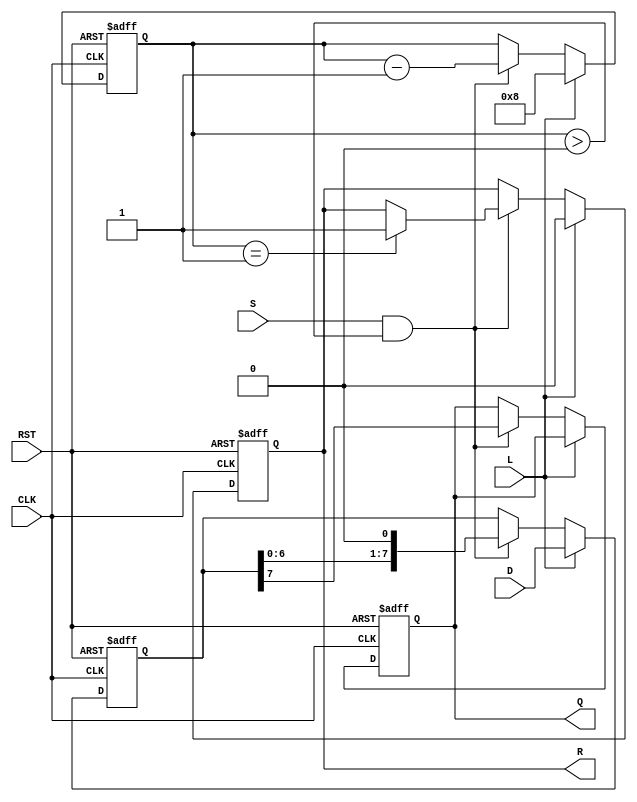
module PISO_Register #(
    parameter WIDTH = 8 // Parameter for the width of the data bus
)(
    input wire [WIDTH-1:0] D,   // Parallel data input
    input wire L,                // Load control signal
    input wire S,                // Shift control signal
    input wire CLK,              // Clock signal
    input wire RST,              // Asynchronous reset
    output reg Q,                // Serial output
    output reg R                 // Ready signal
);

    reg [WIDTH-1:0] R_reg;       // Internal register to hold the data
    reg [3:0] bit_count;         // Counter to track the number of bits shifted out

    always @(posedge CLK or posedge RST) begin
        if (RST) begin
            R_reg <= 0;          // Clear the register on reset
            Q <= 0;              // Clear the serial output
            R <= 1;              // Indicate that the register is ready
            bit_count <= 0;      // Reset bit counter
        end else begin
            if (L) begin
                R_reg <= D;      // Load data into the register
                bit_count <= WIDTH; // Set bit count to WIDTH
                R <= 0;          // Indicate that the register is not ready
            end else if (S && bit_count > 0) begin
                Q <= R_reg[WIDTH-1]; // Shift out the MSB
                R_reg <= {R_reg[WIDTH-2:0], 1'b0}; // Shift left
                bit_count <= bit_count - 1; // Decrement bit count
                if (bit_count == 1) begin
                    R <= 1;      // Indicate that the register is ready after last bit is shifted out
                end
            end
        end
    end

endmodule